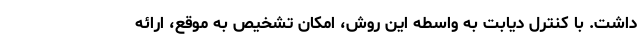
داشت. با کنترل دیابت به واسطه این روش، امکان تشخیص به موقع، ارائه